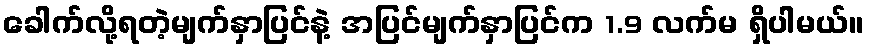
ခေါက်လို့ရတဲ့မျက်နှာပြင်နဲ့ အပြင်မျက်နှာပြင်က 1.9 လက်မ ရှိပါမယ်။